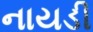
નાયડી